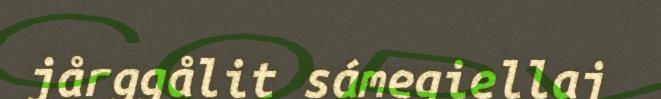
jårggålit sámegiellaj